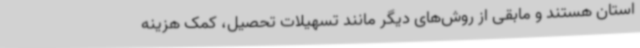
استان هستند و مابقی از روش‌های دیگر مانند تسهیلات تحصیل، کمک هزینه